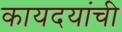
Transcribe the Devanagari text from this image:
कायदयांची